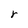
Character: r